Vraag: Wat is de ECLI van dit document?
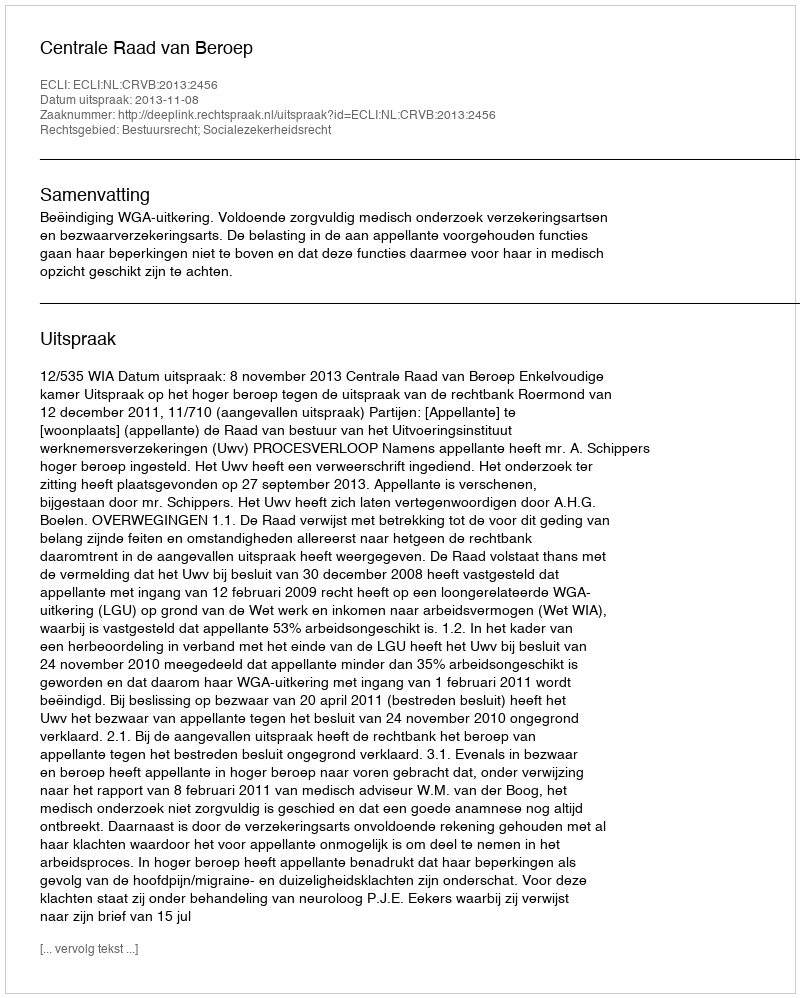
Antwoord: ECLI:NL:CRVB:2013:2456